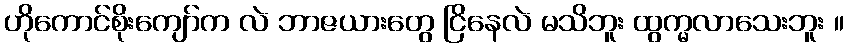
ဟိုကောင်စိုးကျော်က လဲ ဘာဇယားတွေ ငြိနေလဲ မသိဘူး ထွက္မလာသေးဘူး ။